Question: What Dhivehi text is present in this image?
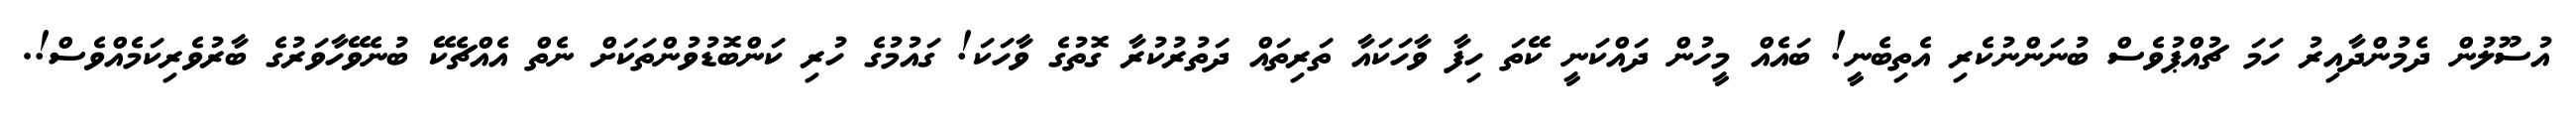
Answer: އުސޫލުން ދެމުންދާއިރު ހަމަ ޗުއްޕުވެސް ބުނަންނުކެރި އެތިބެނީ! ބައެއް މީހުން ދައްކަނީ ކޭތަ ހިފާ ވާހަކައާ ތަރިތައް ދަތުރުކުރާ ގޮތުގެ ވާހަކަ! ގައުމުގެ ހުރި ކަންބޮޑުވުންތަކަށް ނެތް އެއްޗެކޭ ބުނެވޭހާވަރުގެ ބާރުވެރިކަމެއްވެސް!.